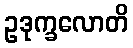
ဥဒုက္ခလောတိ